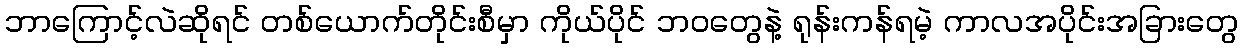
ဘာကြောင့်လဲဆိုရင် တစ်ယောက်တိုင်းစီမှာ ကိုယ်ပိုင် ဘဝတွေနဲ့ ရုန်းကန်ရမဲ့ ကာလအပိုင်းအခြားတွေ